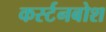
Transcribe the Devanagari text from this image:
कर्स्‍टनबोश